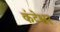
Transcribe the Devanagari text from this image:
कंटेश्वर